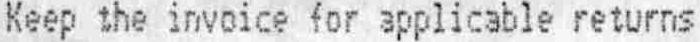
KEEP THE INVOICE FOR APPLICABLE RETURNS